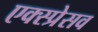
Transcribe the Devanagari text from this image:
एक्स्प्रेसव